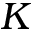
K